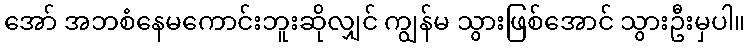
အော် အဘစံနေမကောင်းဘူးဆိုလျှင် ကျွန်မ သွားဖြစ်အောင် သွားဦးမှပါ။